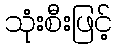
သုံးစီးဖြင့်